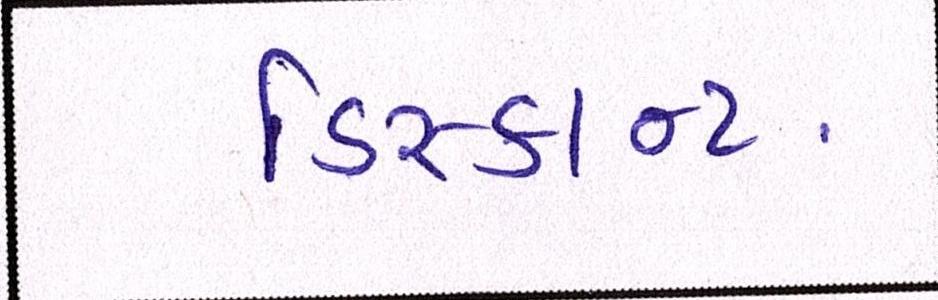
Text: ડિસ્કાન્ટ